Annual report of the Central Committee of the Association together with the report of the directors of the Pasteur Institute at Kasauli
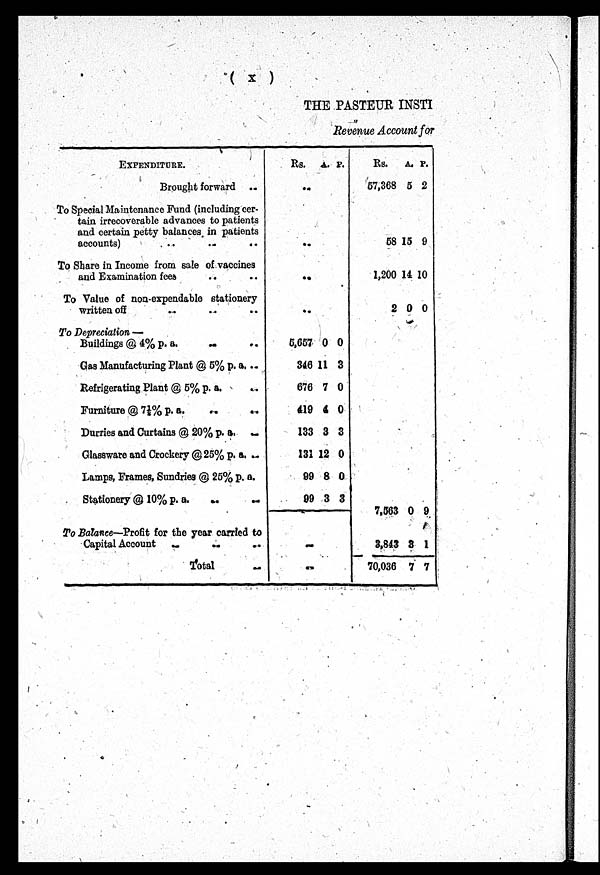
(X)
THE PASTEUR INSTI
Revenue Account for
EXPENDITURE.
Rs. A. P.
Rs.
A. P.
Brought forward ..
. .
57,368 5 2
To Special Maintenance Fund (including cer
¬tain irrecoverable advances to patients
and certain petty balances in patients
accounts)
..
..
..
. .
58 15 9
To Share in Income from sale of vaccines
and Examination fees
..
..
. .
1,200 14 10
To Value of non-expendable stationery
written off
..
.. ..
. .
2 0 0
To Depreciation —
Buildings @ 4% p. a.
..
5,657 0 0
Gas Manufacturing Plant @ 5% p. a. ..
346 11 3
Refrigerating Plant @ 5% p. a. .. ..
676 7 0
Furniture @ 7½ p. a.
...
..
419 4 0
Durries and Curtains @ 20% p. a. ..
133 3 3
Glassware and Crockery @ 25% p. a. ..
131 12 0
Lamps, Frames, Sundries @ 25% p. a.
99 8 0
Stationery @ 10% p. a.
..
..
99 3 3
7,563 0 9
To Balance—Profit for the year carried to
Capital Account
..
..
..
. .
3,843
3 1
Total
. .
. .
70,036 7 7